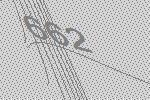
662